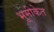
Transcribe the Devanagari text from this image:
भूमीकेत